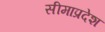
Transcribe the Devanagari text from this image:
सीमाप्रदेश